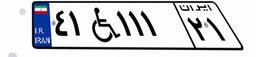
۰۸W۹۲۲۹۲